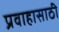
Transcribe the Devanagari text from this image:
प्रवाहासाठी